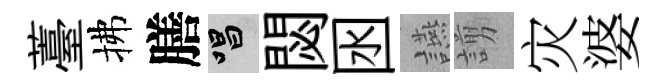
薹拂膳唱閟囦讌謭灾婆